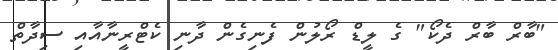
"ބާރް ބާރް ދެކޯ" ގެ ލީޑް ރޯލުން ފެނިގެން ދާނި ކެޓްރީނާއާއި ސިދާތް